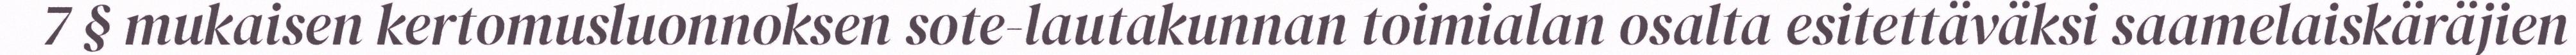
7 § mukaisen kertomusluonnoksen sote-lautakunnan toimialan osalta esitettäväksi saamelaiskäräjien